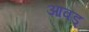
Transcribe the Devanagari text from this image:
आवड्